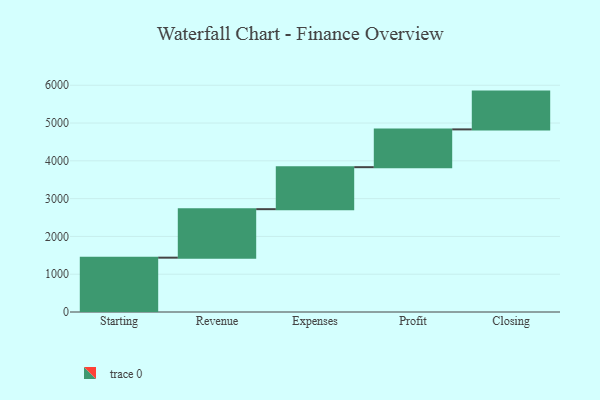
{"axis": {"x": "Step", "y": "Value"}, "legend": [""], "data": [{"x": "Starting", "y": 1438.0, "type": ""}, {"x": "Revenue", "y": 1283.0, "type": ""}, {"x": "Expenses", "y": 1111.0, "type": ""}, {"x": "Profit", "y": 1000, "type": ""}, {"x": "Closing", "y": 1000, "type": ""}]}